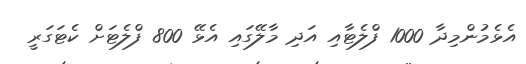
އެޅެމުންމިދާ 1000 ފްލެޓާއި އަދި މާލޭގައި އެޅޭ 800 ފްލެޓަށް ކެޓަގަރީ